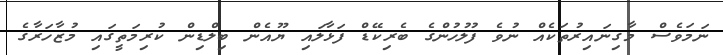
ނަމަވެސް މާގިނައިރުތަކެއްް ނުވެ ފުލުހުންގެ ބެރިކޭޑް ފަޅާލައި ޔޫއެން ބިލްޑިން ކުރިމަތީގައި މުޒާހަރާގެ